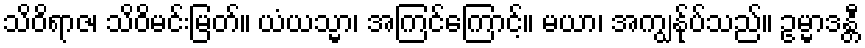
သိဝိရာဇ၊ သိဝိမင်းမြတ်။ ယံယသ္မာ၊ အကြင်ကြောင့်။ မယာ၊ အကျွန်ုပ်သည်။ ဥမ္မာဒန္တီ